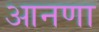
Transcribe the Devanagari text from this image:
आनणा